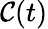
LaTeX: \mathcal{C}(t)